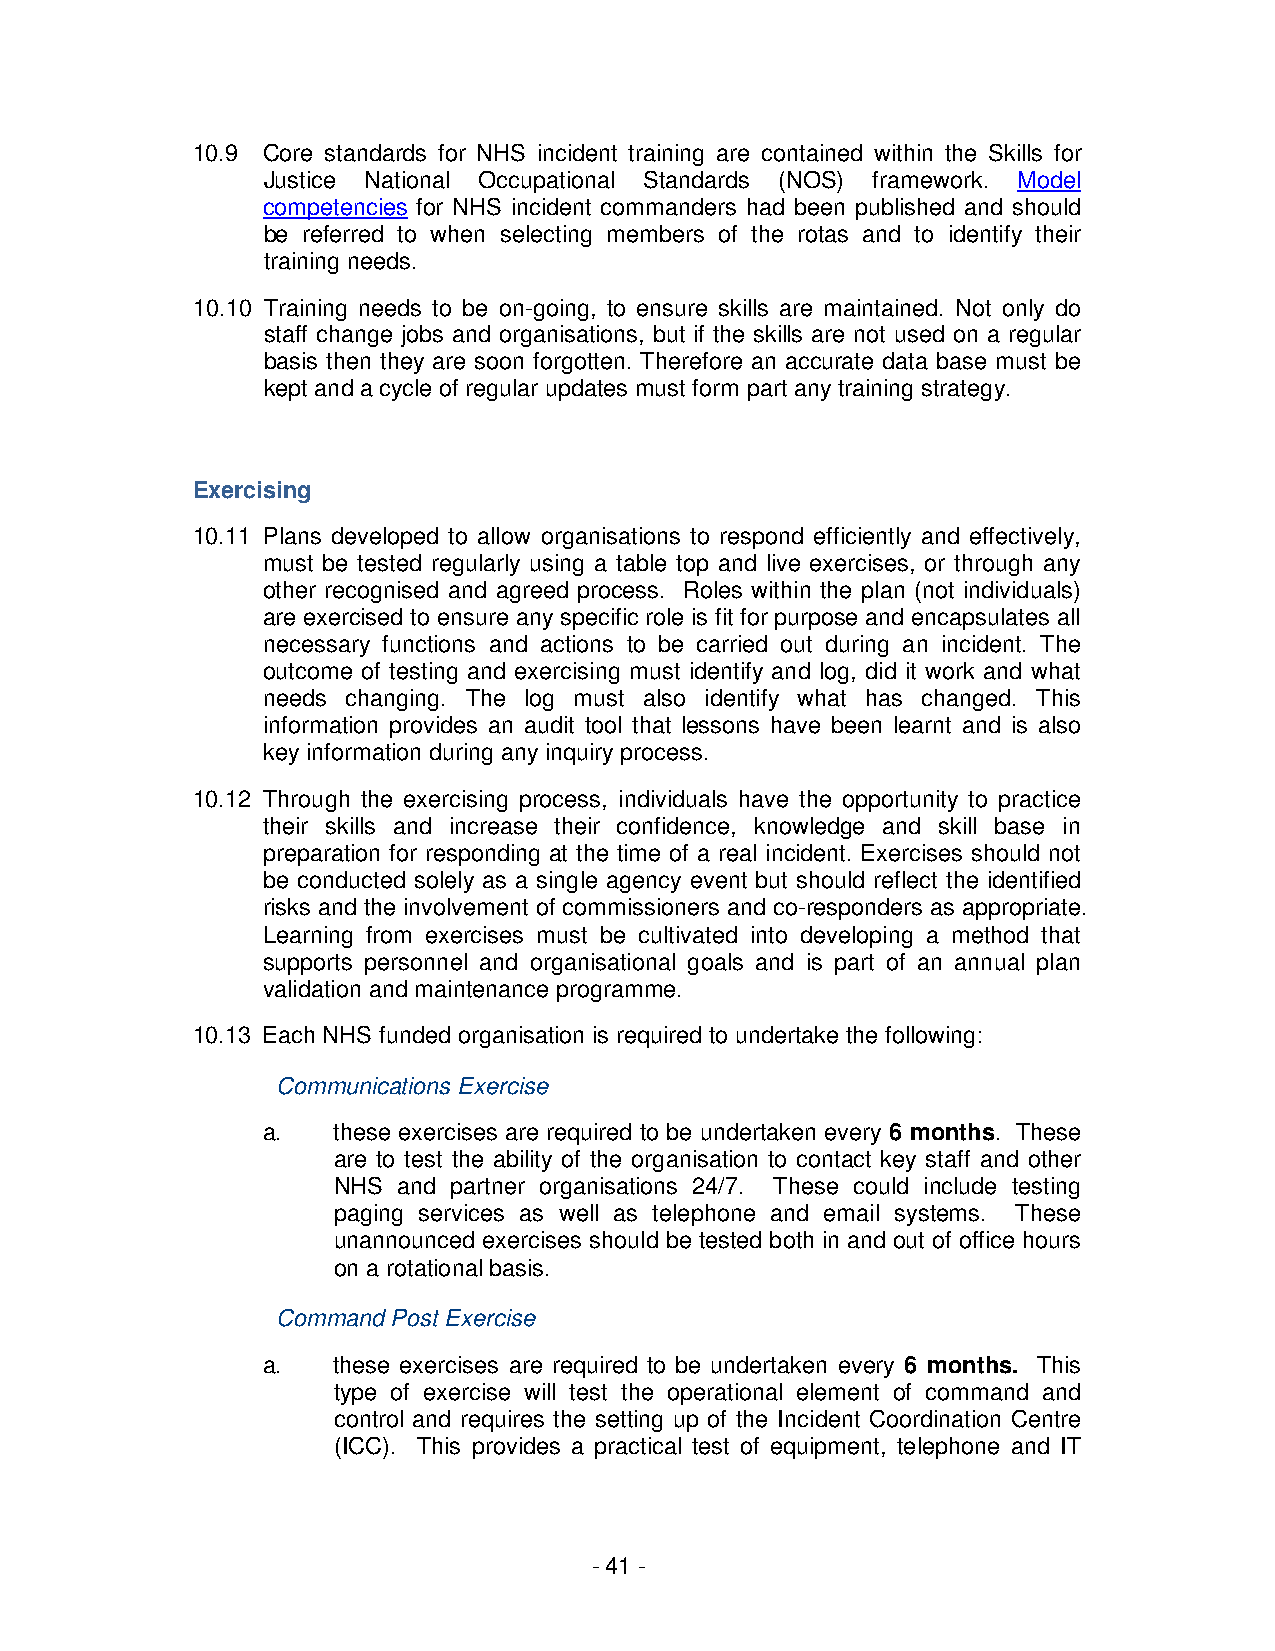
10.9 Core standards for NHS incident training are contained within the Skills for
 Justice National Occupational Standards (NOS) framework. Model
 competencies for NHS incident commanders had been published and should
 be referred to when selecting members of the rotas and to identify their
 training needs.
 10.10 Training needs to be on-going, to ensure skills are maintained. Not only do
 staff change jobs and organisations, but if the skills are not used on a regular
 basis then they are soon forgotten. Therefore an accurate data base must be
 kept and a cycle of regular updates must form part any training strategy.
 Exercising
 10.11 Plans developed to allow organisations to respond efficiently and effectively,
 must be tested regularly using a table top and live exercises, or through any
 other recognised and agreed process. Roles within the plan (not individuals)
 are exercised to ensure any specific role is fit for purpose and encapsulates all
 necessary functions and actions to be carried out during an incident. The
 outcome of testing and exercising must identify and log, did it work and what
 needs changing. The log must also identify what has changed. This
 information provides an audit tool that lessons have been learnt and is also
 key information during any inquiry process.
 10.12 Through the exercising process, individuals have the opportunity to practice
 their skills and increase their confidence, knowledge and skill base in
 preparation for responding at the time of a real incident. Exercises should not
 be conducted solely as a single agency event but should reflect the identified
 risks and the involvement of commissioners and co-responders as appropriate.
 Learning from exercises must be cultivated into developing a method that
 supports personnel and organisational goals and is part of an annual plan
 validation and maintenance programme.
 10.13 Each NHS funded organisation is required to undertake the following:
 Communications Exercise
 a.   these exercises are required to be undertaken every 6 months. These
 are to test the ability of the organisation to contact key staff and other
 NHS and partner organisations 24/7. These could include testing
 paging services as well as telephone and email systems. These
 unannounced exercises should be tested both in and out of office hours
 on a rotational basis.
 Command Post Exercise
 a.   these exercises are required to be undertaken every 6 months. This
 type of exercise will test the operational element of command and
 control and requires the setting up of the Incident Coordination Centre
 (ICC). This provides a practical test of equipment, telephone and IT
 - 41 -